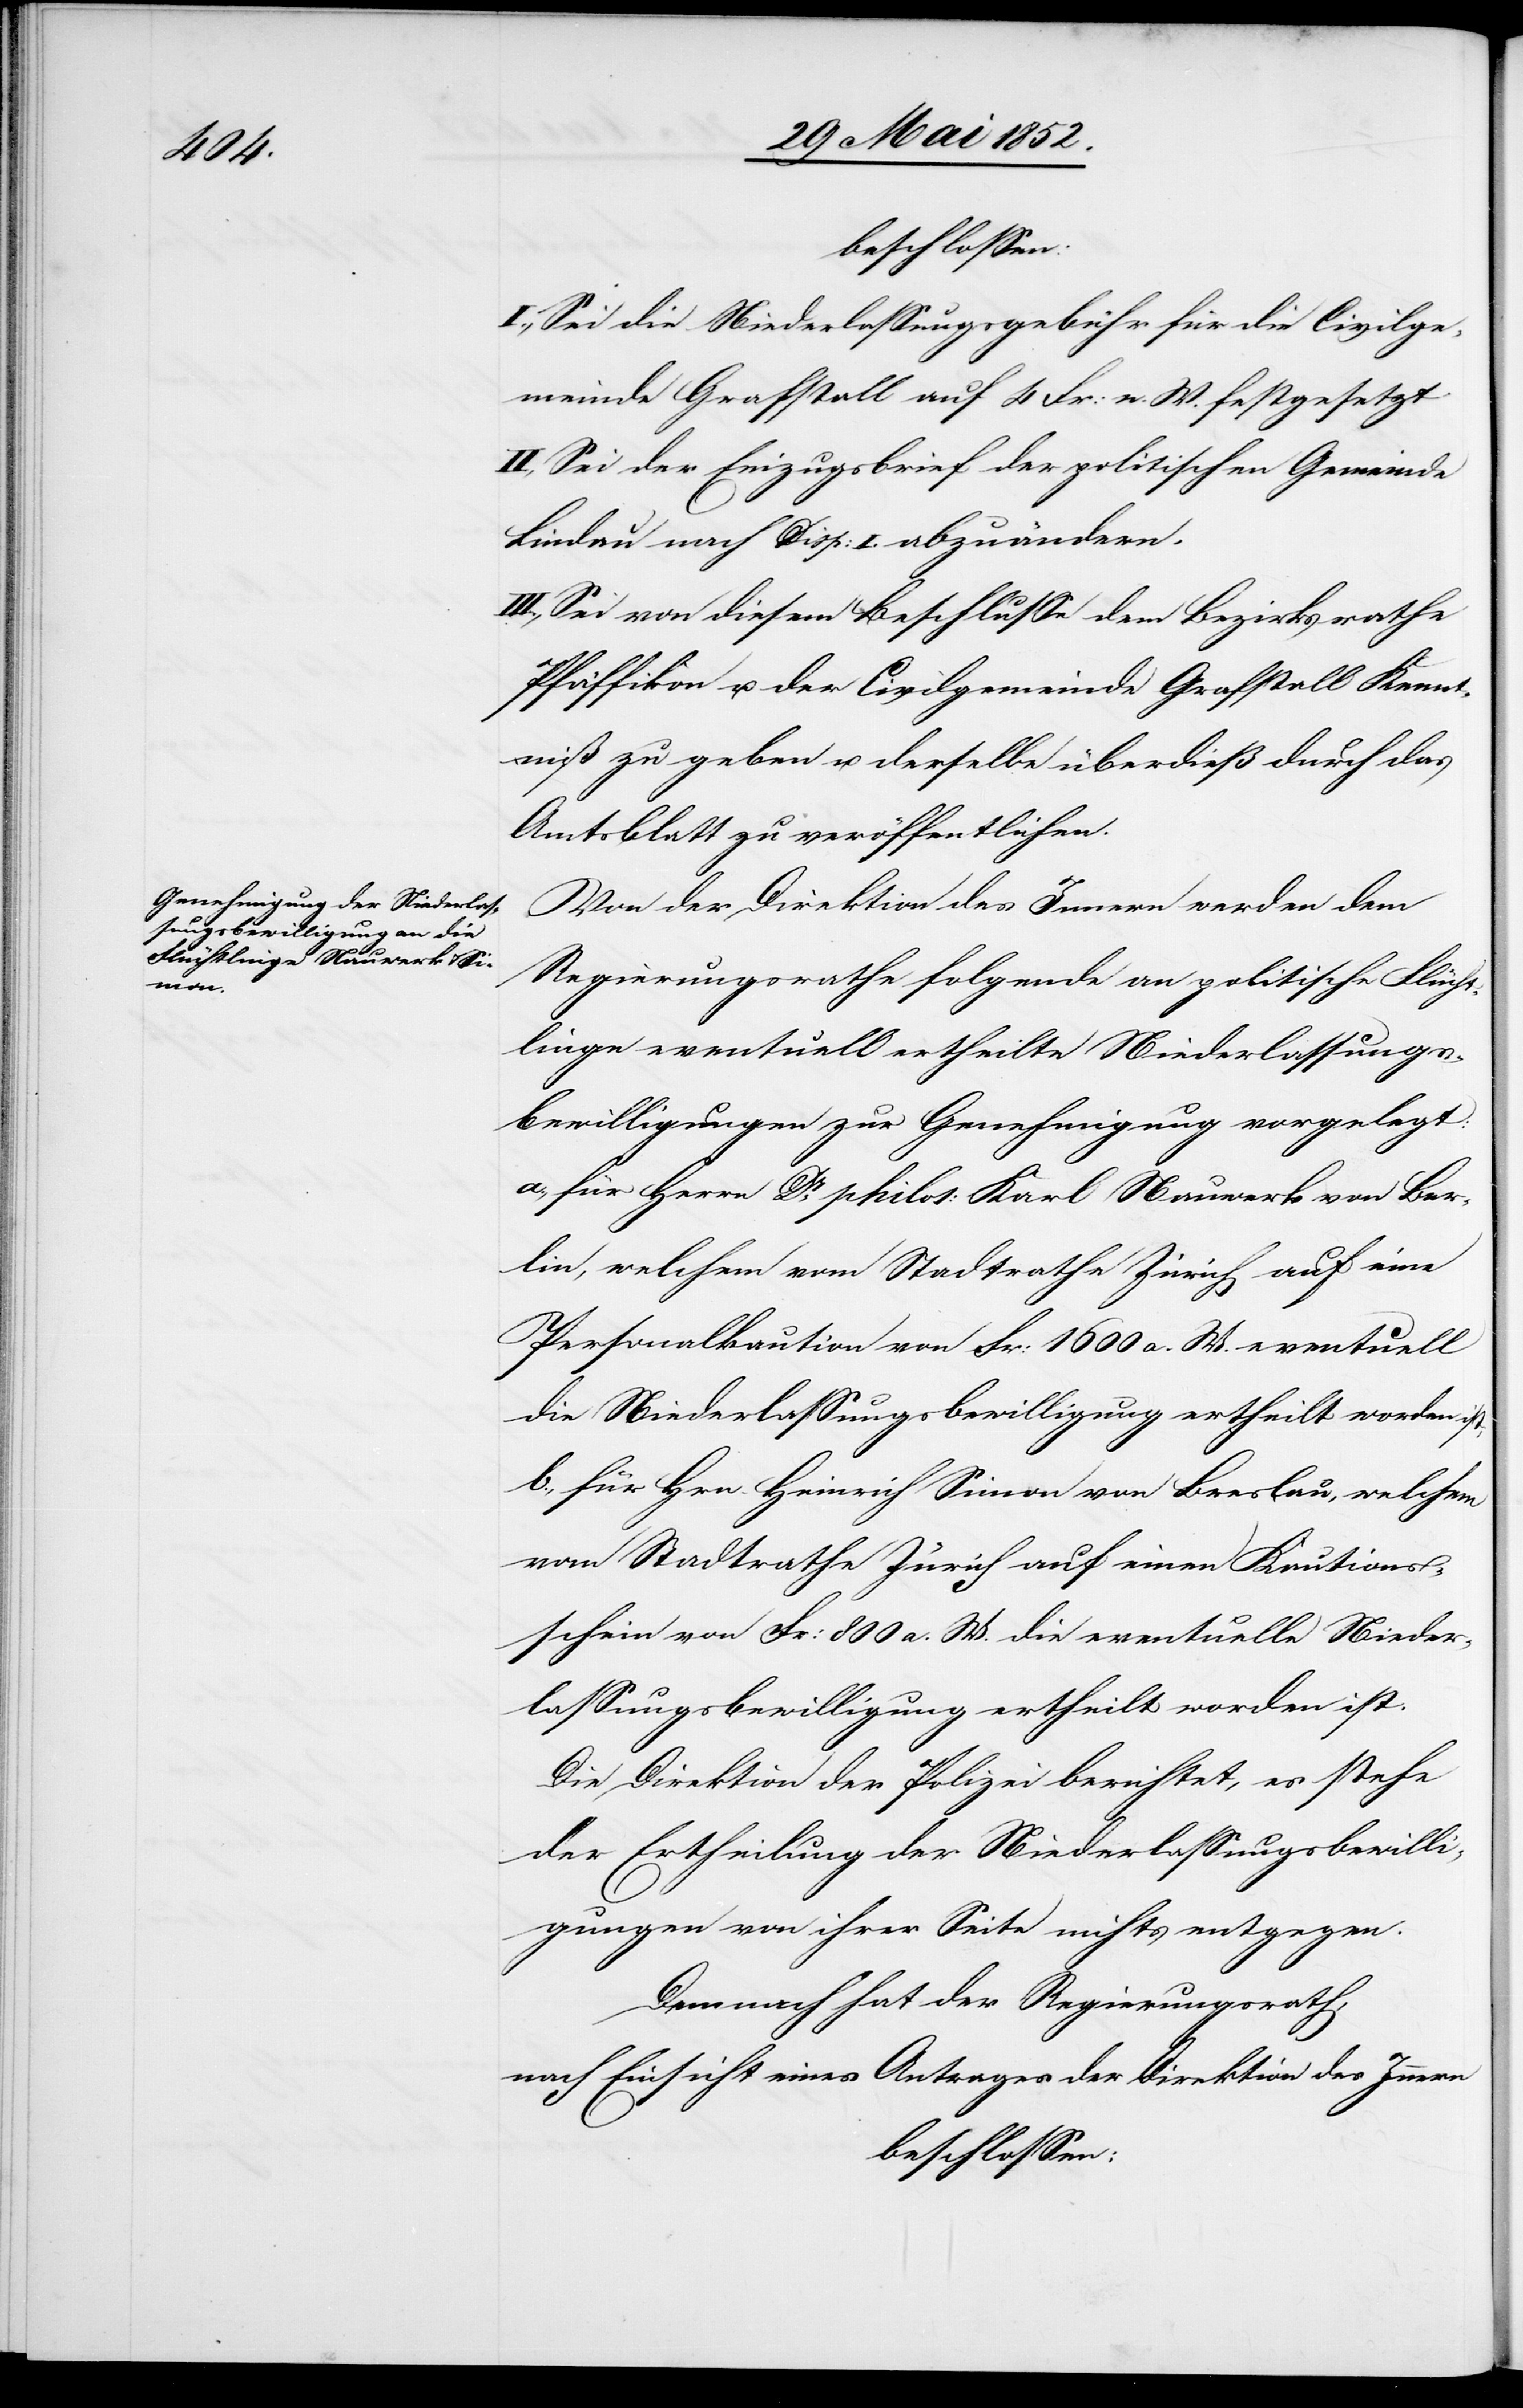
beschlossen:
I., Sei die Niederlassungsgebühr für die Civilge¬
meinde Grafstall auf 4 Fr: n. W. festgesetzt
II, Sei der Einzugsbrief der politischen Gemeinde
Lindau nach Disp: I. abzuändern.
III., Sei von diesem Beschlusse dem Bezirksrathe
Pfäffikon u. der Civilgemeinde Grafstall Kennt¬
niß zu geben u. derselbe überdieß durch das
Amtsblatt zu veröffentlichen.
Von der Direktion des Innern werden dem
Regierungsrathe folgende an politische Flüch¬
tlinge eventuell ertheilte Niederlassungs¬
bewilligungen zur Genehmigung vorgelegt:
a., für Herrn Dr. philos: Karl Nauwerk von Ber¬
lin, welchem vom Stadtrathe Zürich auf eine
Personalkaution von Fr: 1600 a. W. eventuell
die Niederlassungsbewilligung ertheilt worden ist,
b., für Hrn. Heinrich Simon von Breslau, welchem
vom Stadtrathe Zürich auf einen Kautions¬
schein von Fr: 800 a. W. die eventuelle Nieder¬
lassungsbewilligung ertheilt worden ist.
Die Direktion der Polizei berichtet, es stehe
der Ertheilung der Niederlassungsbewilli¬
gungen von ihrer Seite nichts entgegen.
Demnach hat der Regierungsrath,
nach Einsicht eines Antrages der Direktion des Innern
beschlossen: